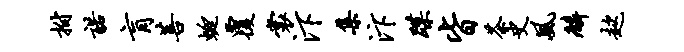
拊诺肓菩蜓覆裳汴集汴蹀皆茶史风麟趑